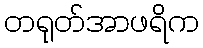
တရုတ်အာဖရိက